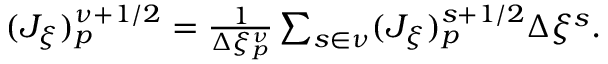
\begin{array} { r } { ( J _ { \xi } ) _ { p } ^ { \nu + 1 / 2 } = \frac { 1 } { \Delta \xi _ { p } ^ { \nu } } \sum _ { s \in \nu } ( J _ { \xi } ) _ { p } ^ { s + 1 / 2 } \Delta \xi ^ { s } . } \end{array}